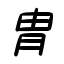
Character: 胄